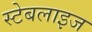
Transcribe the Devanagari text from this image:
स्टेबलाइज